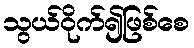
သွယ်ဝိုက်၍ဖြစ်စေ